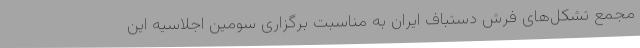
مجمع تشکل‌های فرش دستباف ایران به مناسبت برگزاری سومین اجلاسیه این